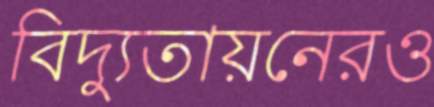
বিদ্যুতায়নেরও